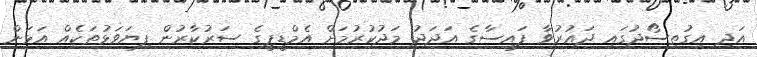
އަދި އިގުތިސޯދުގައި ދައުރުވާ ފައިސާގެ އަދަދު މަދުކުރުމަށް އެމްޑީޕީގެ ސަރުކާރުން ފިޔަވަޅުތަކެއް އަޅަން